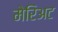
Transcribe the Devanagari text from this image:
मेरिअट